General report no. 6 on the lunatic asylums, vaccination and dispensaries in the Bengal Presidency, 1873 -
Year: 1873
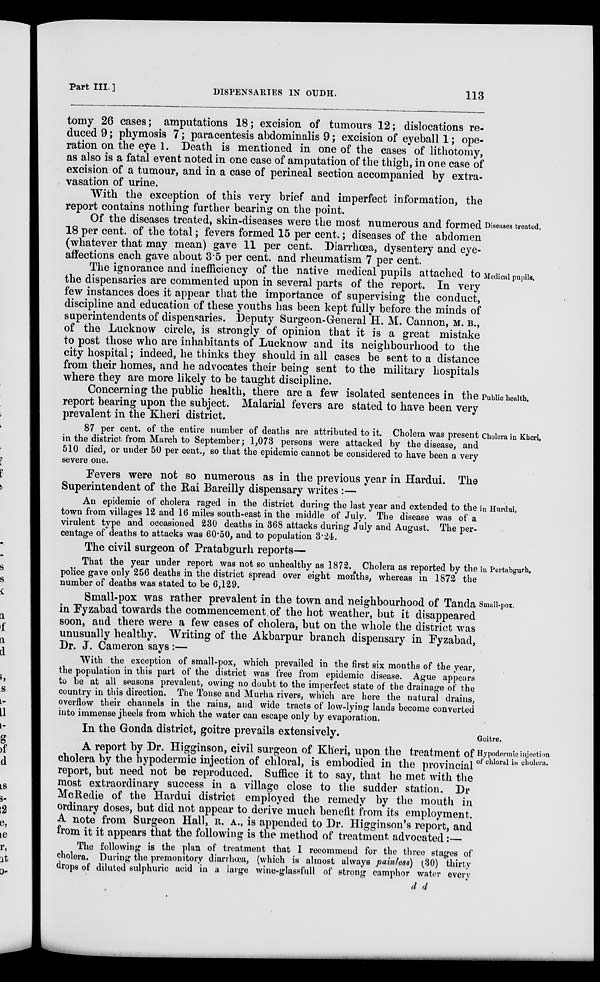
Part III]
DISPENSARIES IN OUDH.
113
tomy 26 cases; amputations 18; excision of tumours 12; dislocations re-
duced 9; phymosis 7; paracentesis abdominalis 9; excision of eyeball 1; ope-
ration on the eye 1. Death is mentioned in one of the cases of lithotomy,
as also is a fatal event noted in one case of amputation of the thigh, in one case of
excision of a tumour, and in a case of perineal section accompanied by extra-
vasation of urine.
With the exception of this very brief and imperfect information, the
report contains nothing further bearing on the point.
Diseases treated.
Of the diseases treated, skin-diseases were the most numerous and formed
18 per cent. of the total; fevers formed 15 per cent.; diseases of the abdomen
(whatever that may mean) gave 11 per cent. Diarrhœea, dysentery and eye.
affections each gave about 3.5 per cent. and rheumatism 7 per cent.
Medical pupils.
The ignorance and inefficiency of the native medical pupils attached to
the dispensaries are commented upon in several parts of the report. In very
few instances does it appear that the importance of supervising the conduct,
discipline and education of these youths has been kept fully before the minds of
superintendents of dispensaries. Deputy Surgeon-General H. M. Cannon, M. B.,
of the Lucknow circle, is strongly of opinion that it is a great mistake
to post those who are inhabitants of Lucknow and its neighbourhood to the
city hospital; indeed, he thinks they should in all cases be sent to a distance
from their homes, and he advocates their being sent to the military hospitals
where they are more likely to be taught discipline.
Public health.
Concerning the public health, there are a few isolated sentences in the
report bearing upon the subject. Malarial fevers are stated to have been very
prevalent in the Kheri district.
Cholera in Khori,
87 per cent, of the entire number of deaths are attributed to it. Cholera was present
in the district from March to September; 1,073 persons were attacked by the disease, and
510 died, or under 50 per cent., so that the epidemic cannot be considered to have been a very
severe one.
Fevers were not so numerous as in the previous year in Hardui. The
Superintendent of the Rai Bareilly dispensary writes :—
in Hurdui,
An epidemic of cholera raged in the district during the last year and extended to the
town from villages 12 and 16 miles south-east in the middle of July. The disease was of a
virulent type and occasioned 230 deaths in 368 attacks during July and August. The per-
centage of deaths to attacks was 60.50, and to population 3.24.
The civil surgeon of Pratabgurh reports—
in Pertabgurh,
That the year under report was not so unhealthy as 1872. Cholera as reported by the
police gave only 256 deaths in the district spread over eight months, whereas in 1872 the
number of deaths was stated to be 6,129.
Small-pox.
Small-pox was rather prevalent in the town and neighbourhood of Tanda
in Fyzabad towards the commencement of the hot weather, but it disappeared
soon, and there were a few cases of cholera, but on the whole the district was
unusually healthy. Writing of the Akbarpur branch dispensary in Fyzabad,
Dr. J. Cameron says :—
With the exception of small-pox, which prevailed in the first six months of the year,
the population in this part of the district was free from epidemic disease. Ague appears
to be at all seasons prevalent, owing no doubt to the imperfect state of the drainage of the
country in this direction. The Tonse and Murha rivers, which are here the natural drains,
overflow their channels in the rains, and wide tracts of low-lying lands become converted
into immense jheels from which the water can escape only by evaporation.
Goitre.
In the Gonda district, goitre prevails extensively.
Hypodermic injection
of chloral in cholera.
A report by Dr. Higginson, civil surgeon of Kheri, upon the treatment of
cholera by the hypodermic injection of chloral, is embodied in the provincial
report, but need not be reproduced. Suffice it to say, that he met with the
most extraordinary success in a village close to the sudder station. Dr
McRedie of the Hardui district employed the remedy by the mouth in
ordinary doses, but did not appear to derive much benefit from its employment.
A note from Surgeon Hall, R. A., is appended to Dr. Higginson's report, and
from it it appears that the following is the method of treatment advocated :—
The following is the plan of treatment that I recommend for the three stages of
cholera. During the premonitory diarrhœa, (which is almost always painless) (30) thirty
drops of diluted sulphuric acid in a large wine-glassfull of strong camphor water every
d d